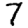
Digit: 7